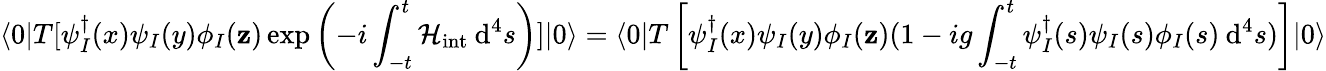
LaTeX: \langle0|T[\psi_{I}^{\dagger}(x)\psi_{I}(y)\phi_{I}(\mathbf{z})\exp\left(-i\int_{-t}^{t}\mathcal{{H}}_{\mathrm{{int}}}\: \mathrm{{d}}^{4}s\right)]|0\rangle=\langle0|T\left[\psi_{I}^{\dagger}(x)\psi_{I}(y)\phi_{I}(\mathbf{z})(1-ig\int_{-t}^{t}\psi_{I}^{\dagger}(s)\psi_{I}(s)\phi_{I}(s)\: \mathrm{{d}}^{4}s)\right]|0\rangle